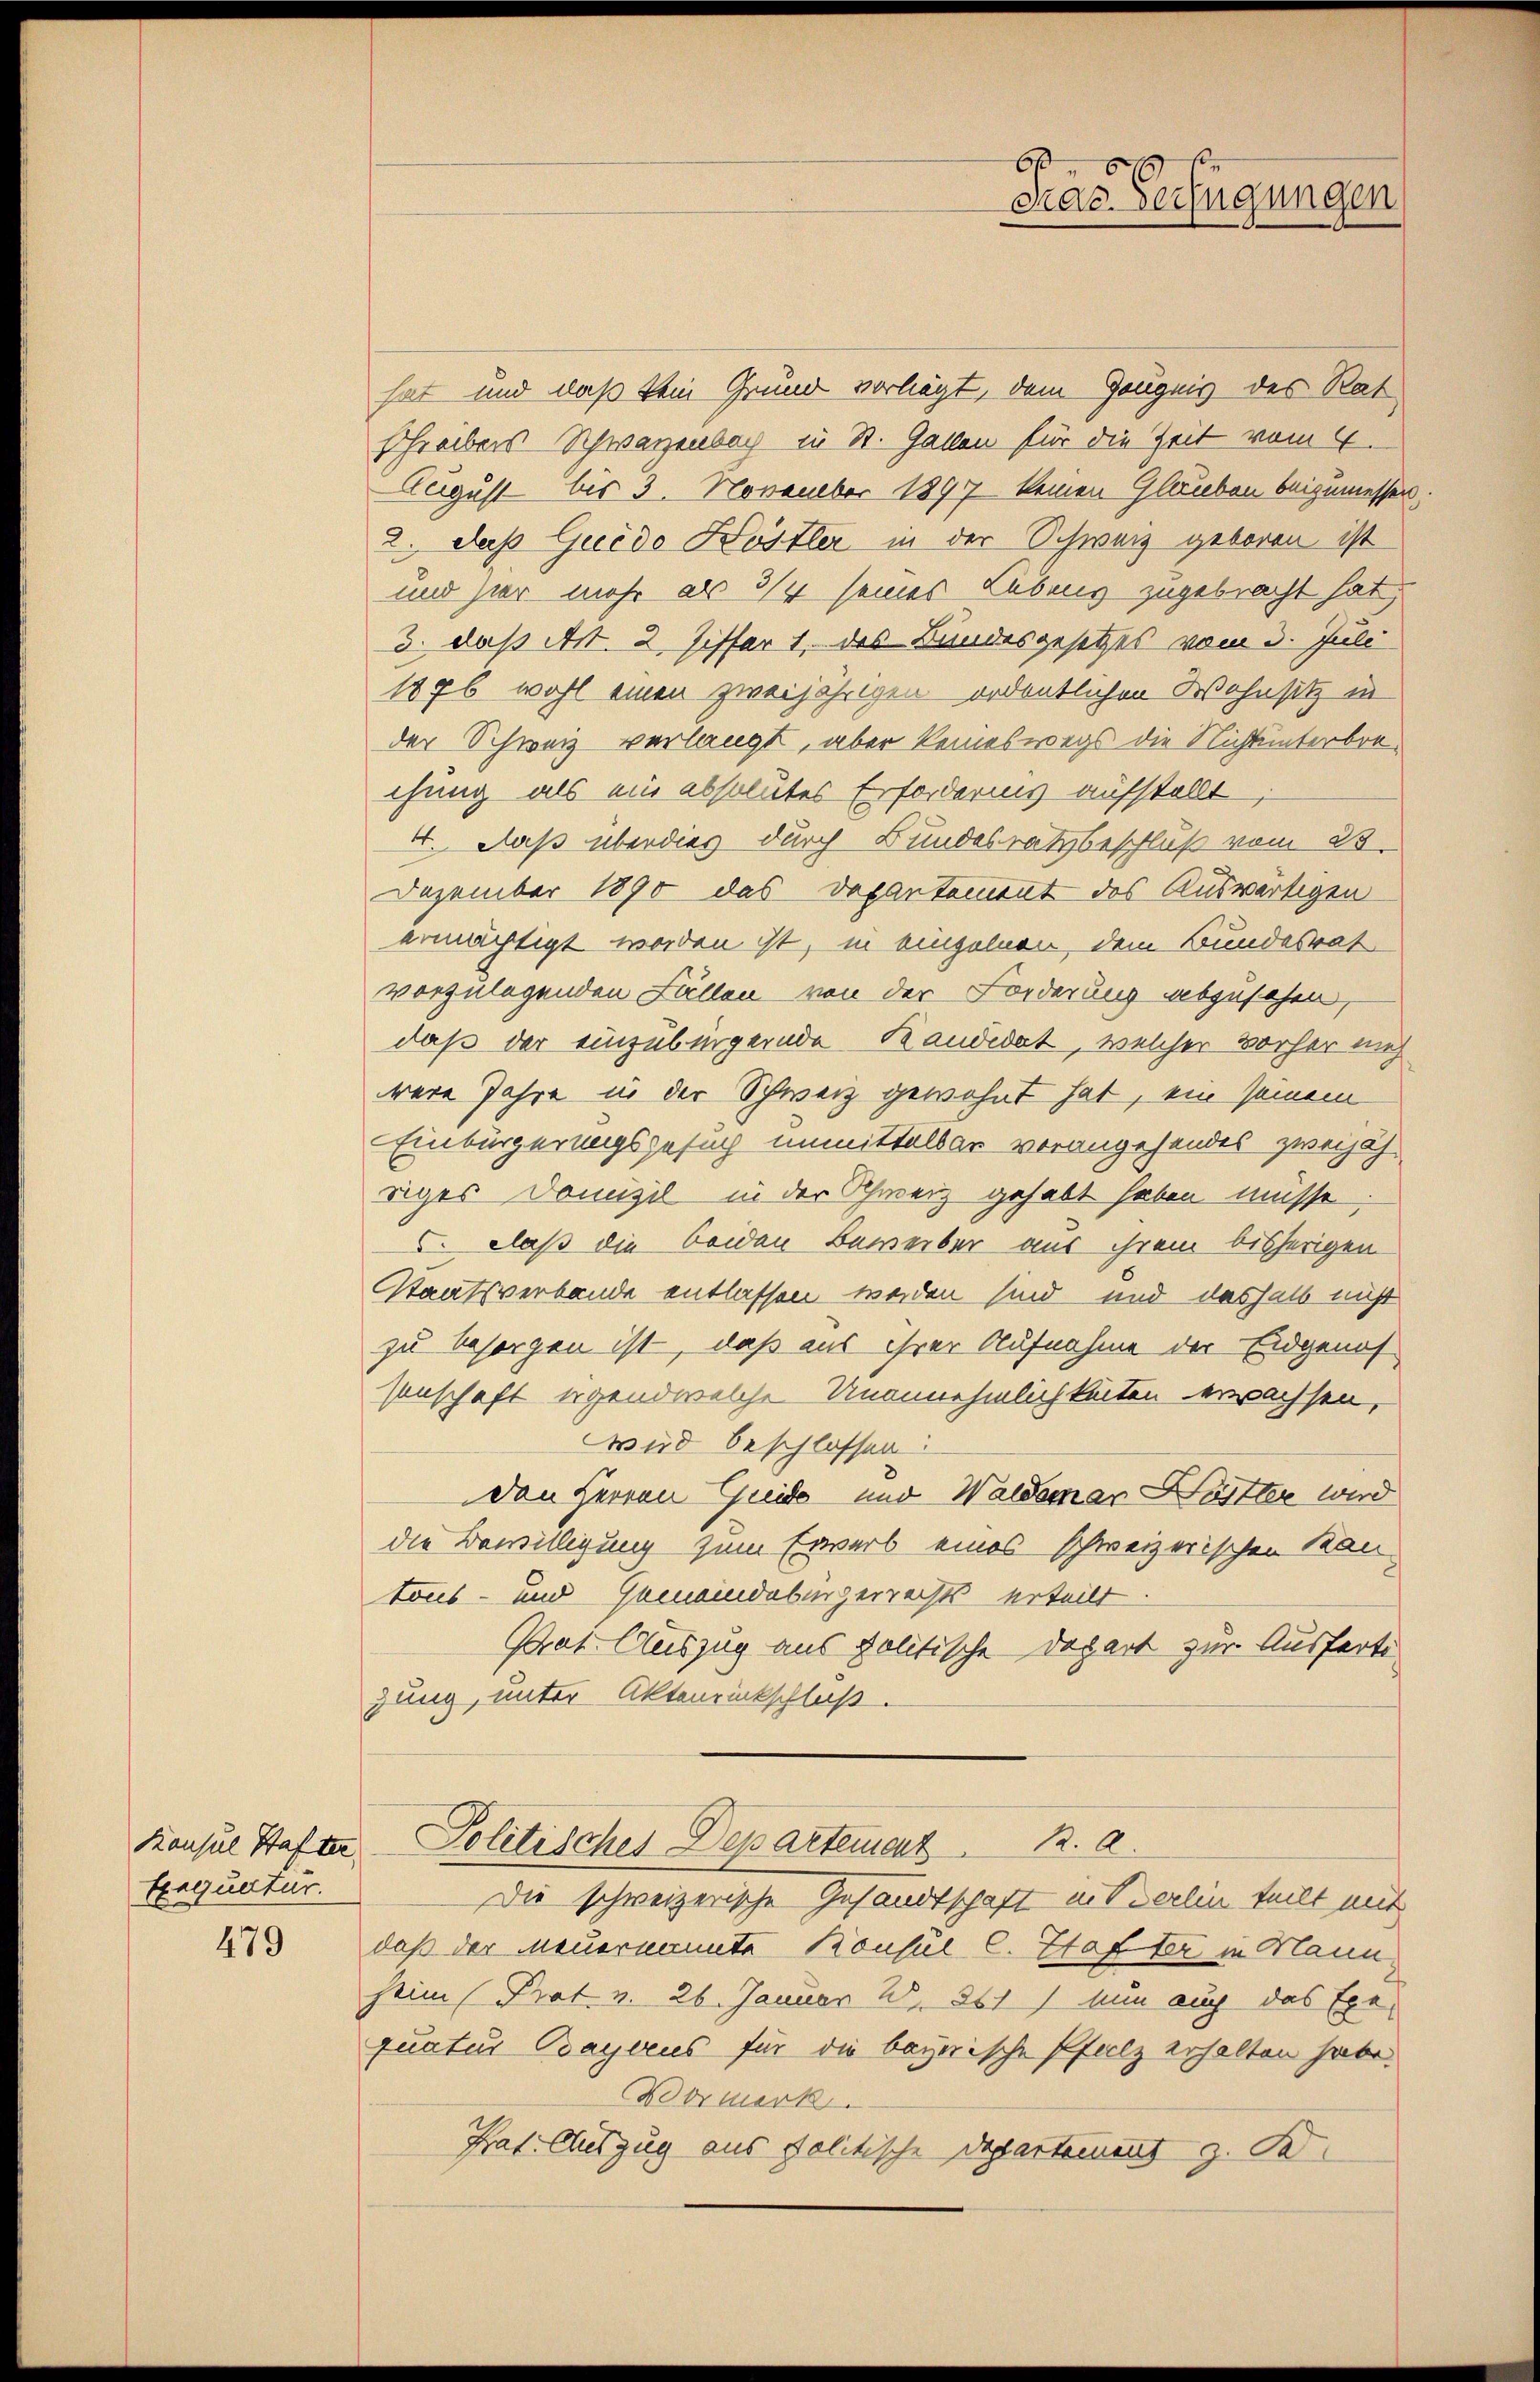
Exeljuctur.

479

6
cras Verfügungen

hat und daß kein Grund vorliegt, dem Zeugnis des Rat
schreibens Schwarzenbach in St. Gallen für die Zeit vom 4.
August bis 3. November 1897 keinen Glauben beizumessen
2. daß Guido Höstler in der Schweiz geboren ist
und hier mehr als 3/4 seines Lebens zugebracht hat,
3. daß Art. 2 Ziffer 1. des Bundesgesetzes vom 3. Juli
1876 wohl einen zweijährigen ordentlichen Wohnsitz in
der Schweiz verlangt, aber keineswegs die Nichtunterbrechung als ein absolutes Erfordernis aufstellt
4. Daß überdies durch Bundesratsbeschluß vom 23.
Dezember 1890 das Departement des Auswärtigen
ermächtigt worden ist, in einzelnen, dem Bundesrat
vorzulegenden Fällen von der Forderung abzusehen,
daß der einzubürgernde Kandidat, welcher vorher mich
were Jahre in der Schweiz gewohnt hat, ein seinem
Einbürgerungsgesuch unmittelbar vorangehendes zweijäh
riges Domizil in der Schweiz gehabt haben müsse,
. Claß die beiden Beweiber aus ihrem bisherigen
Staatsverbande entlassen werden sind und deshalb nicht
zu besorgen ist, daß aus ihrer Aufnahme der Eidgenos
senschaft irgend welche Unannehmlichkeiten erwachsen,
Wird beschlossen:
den Herren Guido und Waldemar Hütter wird
die Bewilligung zum Erwerb eines schweizerischen Kan-
tons- und Gemeindebürgerrechts erteilt
Prat. Auszug aus politische Depart zur Ausferti
zung, unter Aktenrückschluß.
Konsul Hafen Politisches Departement R. a
Die schweizerische Gesandtschaft interlin teilt mit
daß der neuernannte Konsul C. Staffer in Mann
heim (Prat. v. 26. Januar 28. 351) Nun auch das Exequatur Bayreus für die bayerische Pfalz erhalten habe.
Bormerk
Praf Cherzug aus Politische Departement z. Se